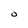
Character: O